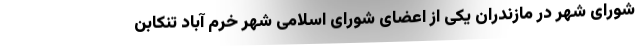
شورای شهر در مازندران یکی از اعضای شورای اسلامی شهر خرم آباد تنکابن